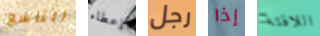
التاسع إعطاء رجل إذا اللافتة